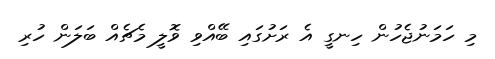
މި ހަމަނުޖެހުން ހިނގީ އެ ރަށުގައި ބޭއްވި ވޮލީ މެޗެއް ބަލަން ހުރި